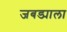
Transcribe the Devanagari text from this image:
जबड्याला